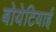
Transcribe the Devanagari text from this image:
बोयेटियाई